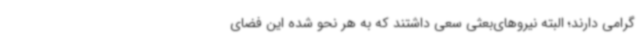
گرامی دارند؛ البته نیروهای‌بعثی سعی داشتند که به هر نحو شده این فضای